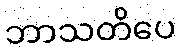
ဘာသတိပေ